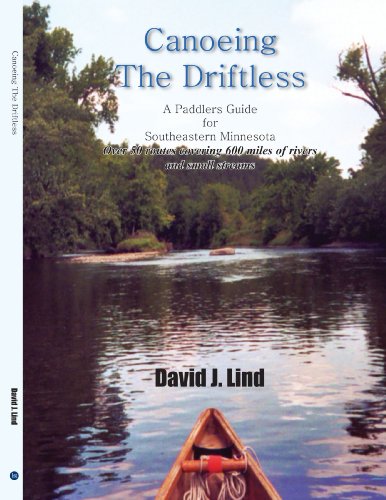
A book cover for Canoeing The Driftless: A Paddlers Guide for Southeastern Minnesota; David Lind; Travel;